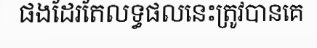
ផងដែរតែលទ្ធផលនេះត្រូវបានគេ